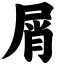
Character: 屑